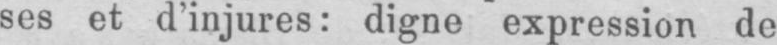
ses et d’injures: digne expression de